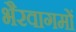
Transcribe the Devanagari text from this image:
भैरवागमों